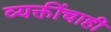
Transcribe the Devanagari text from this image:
व्यक्तींचाही